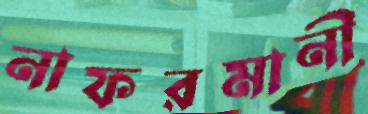
নাফরমানী